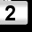
Digit: 2